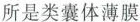
所是类囊体薄膜